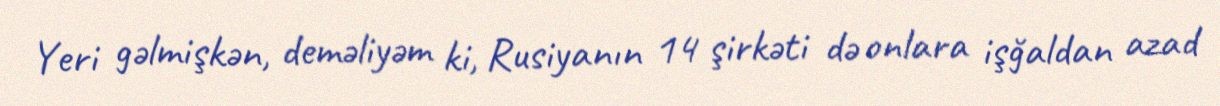
Yeri gəlmişkən, deməliyəm ki, Rusiyanın 14 şirkəti də onlara işğaldan azad